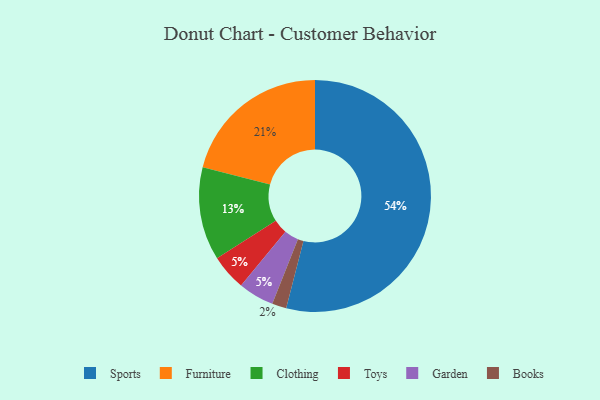
{"axis": {"x": "Category", "y": "Percentage"}, "legend": ["Books", "Clothing", "Furniture", "Garden", "Sports", "Toys"], "data": [{"x": "Furniture", "y": 21, "type": "Furniture"}, {"x": "Toys", "y": 5, "type": "Toys"}, {"x": "Garden", "y": 5, "type": "Garden"}, {"x": "Clothing", "y": 13, "type": "Clothing"}, {"x": "Books", "y": 2, "type": "Books"}, {"x": "Sports", "y": 54, "type": "Sports"}]}